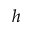
h